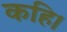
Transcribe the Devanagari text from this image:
कहि।